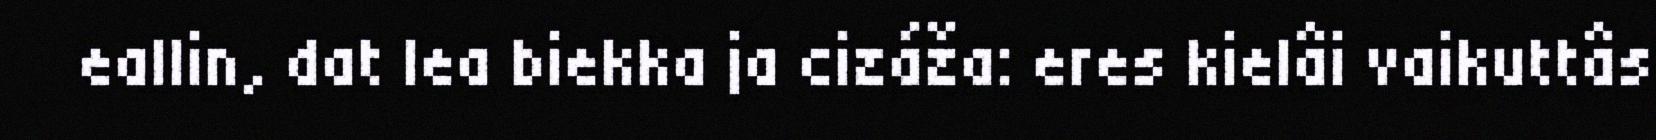
eallin, dat lea biekka ja cizáža: eres kielâi vaikuttâs